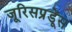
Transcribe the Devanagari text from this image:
जूरिसप्रूडेंस